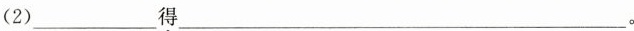
(2)___得___。